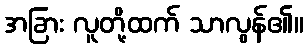
အခြား လူတို့ထက် သာလွန်၏။